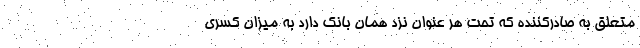
متعلق به صادرکننده که تحت هر عنوان نزد همان بانک دارد به میزان کسری